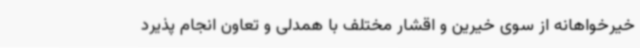
خیرخواهانه از سوی خیرین و اقشار مختلف با همدلی و تعاون انجام پذیرد